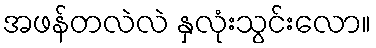
အဖန်တလဲလဲ နှလုံးသွင်းလော။